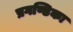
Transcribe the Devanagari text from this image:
प्रगण्डिका